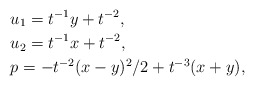
\begin{align*}& u_{1}=t^{-1}y+t^{-2},\\& u_{2}=t^{-1}x+t^{-2},\\& p=-t^{-2}(x-y)^{2}/2+t^{-3}(x+y),\end{align*}